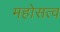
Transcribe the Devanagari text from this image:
महोसत्व